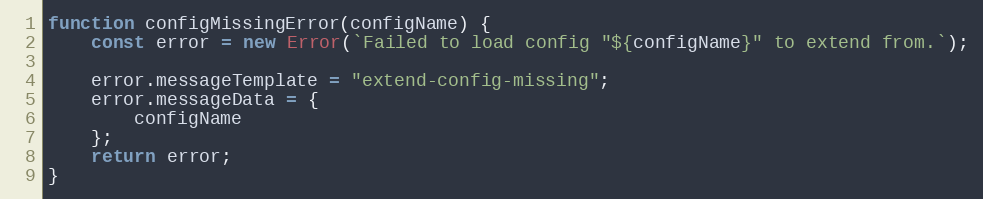
Language: JavaScript
function configMissingError(configName) {
    const error = new Error(`Failed to load config "${configName}" to extend from.`);

    error.messageTemplate = "extend-config-missing";
    error.messageData = {
        configName
    };
    return error;
}